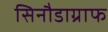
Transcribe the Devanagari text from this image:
सिनौडाग्राफ